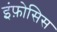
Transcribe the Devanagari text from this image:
इंफ़ोसिस